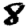
Digit: 8